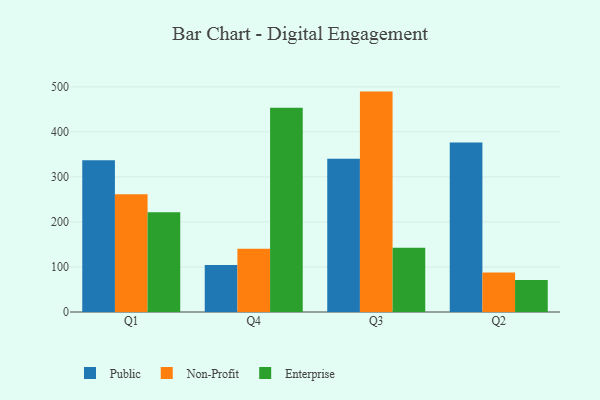
{"axis": {"x": "Quarter", "y": "Inventory Turnover"}, "legend": ["Enterprise", "Non-Profit", "Public"], "data": [{"x": "Q1", "y": 337.2, "type": "Public"}, {"x": "Q1", "y": 261.2, "type": "Non-Profit"}, {"x": "Q1", "y": 221.4, "type": "Enterprise"}, {"x": "Q4", "y": 104.4, "type": "Public"}, {"x": "Q4", "y": 140.7, "type": "Non-Profit"}, {"x": "Q4", "y": 453.6, "type": "Enterprise"}, {"x": "Q3", "y": 340.2, "type": "Public"}, {"x": "Q3", "y": 489.4, "type": "Non-Profit"}, {"x": "Q3", "y": 142.6, "type": "Enterprise"}, {"x": "Q2", "y": 376.2, "type": "Public"}, {"x": "Q2", "y": 87.8, "type": "Non-Profit"}, {"x": "Q2", "y": 71.1, "type": "Enterprise"}]}